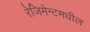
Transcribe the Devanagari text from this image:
रेजिमेन्टमधील